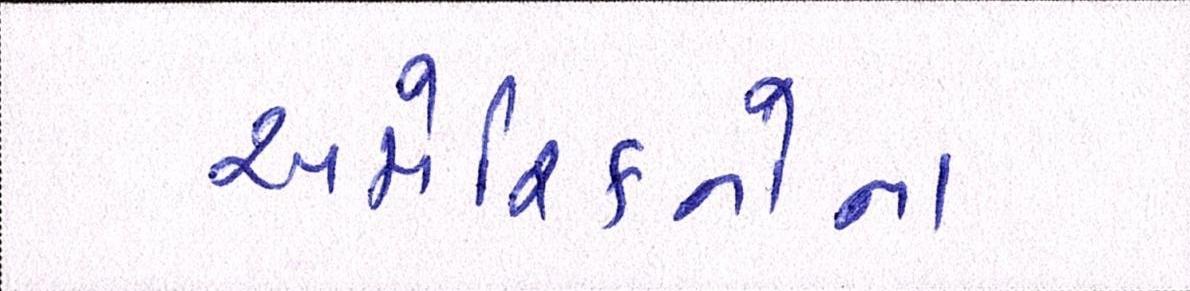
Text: અમેરિકનોના